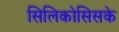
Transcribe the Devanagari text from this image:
सिलिकोसिसके